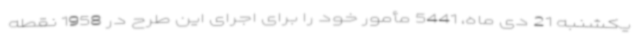
یکشنبه 21 دی ماه، 5441 مأمور خود را برای اجرای این طرح در 1958 نقطه